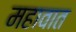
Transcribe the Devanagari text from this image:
महावात